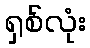
ရှစ်လုံး